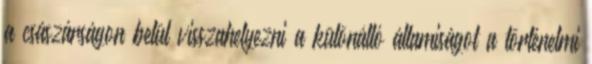
a császárságon belül visszahelyezni a különálló államiságot a történelmi